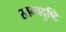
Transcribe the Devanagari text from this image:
स्तन्यदुष्टि